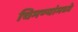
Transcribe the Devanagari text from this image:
चिमण्यांमध्ये